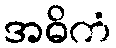
အဓိကံ